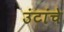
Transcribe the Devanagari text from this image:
उंटांचे